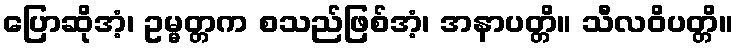
ပြောဆိုအံ့၊ ဥမ္မတ္တက စသည်ဖြစ်အံ့၊ အနာပတ္တိ။ သီလဝိပတ္တိ။